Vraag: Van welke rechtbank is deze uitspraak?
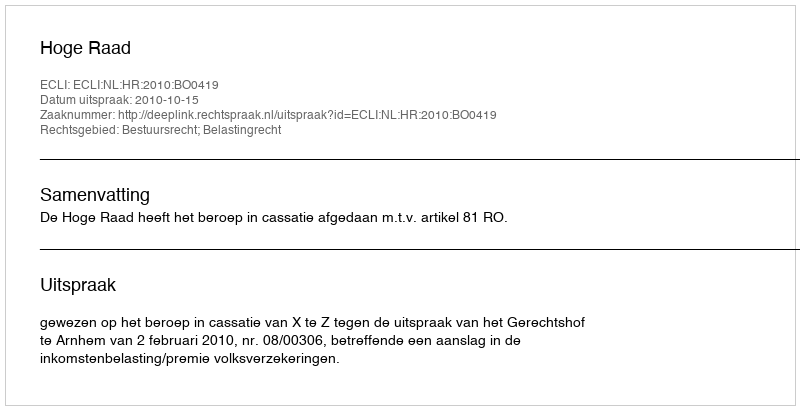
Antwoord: Hoge Raad